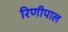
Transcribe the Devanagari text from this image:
रिणीपाल